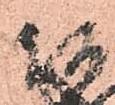
親